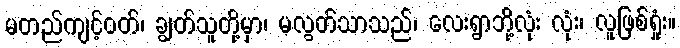
မတည်ကျင့်ဝတ်၊ ချွတ်သူတို့မှာ၊ မလွတ်သာသည်၊ လေးရွာဘို့လုံး လုံး၊ လူဖြစ်ရှုံး။